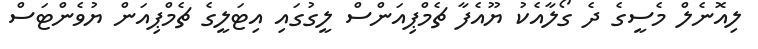
ލިއޮނެލް މެސީގެ ދެ ގޯލާއެކު ޔޫއެފާ ޗެމްޕިއަންސް ލީގުގައި އިޓަލީގެ ޗެމްޕިއަން ޔުވެންޓަސް